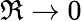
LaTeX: \Re\rightarrow 0